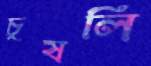
চুষলি